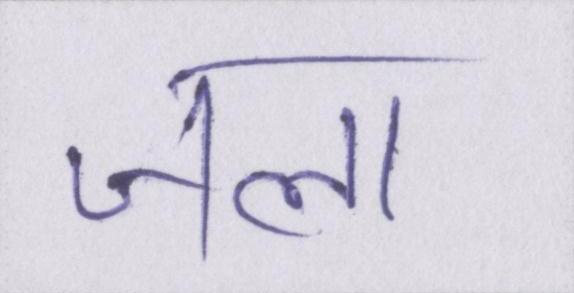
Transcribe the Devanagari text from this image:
जला